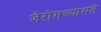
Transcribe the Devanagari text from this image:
जेरोमच्यामते